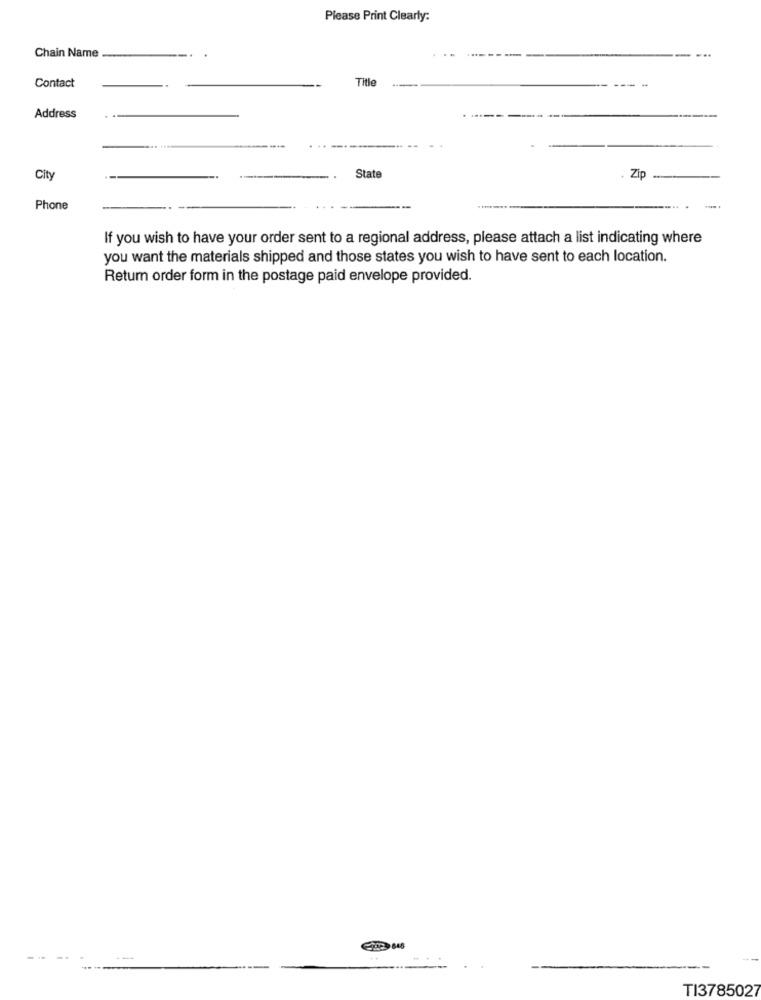
Please Print Clearly:
Chain Name
Contact
Title
Address
State
City
Zip
Phone
If you wish to have your order sent to a regional address, please attach a list indicating where
you want the materials shipped and those states you wish to have sent to each location.
Retum order form in the postage paid envelope provided.
TI3785027